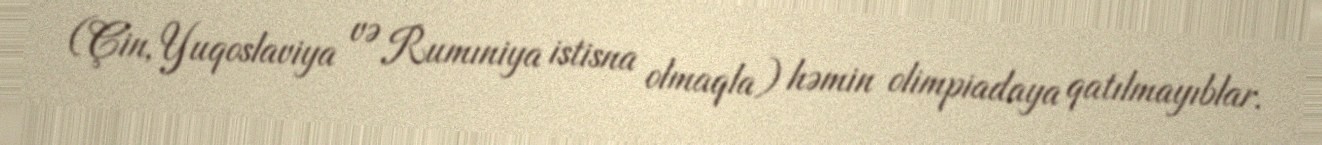
(Çin, Yuqoslaviya və Rumıniya istisna olmaqla) həmin olimpiadaya qatılmayıblar.